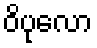
ဝိပုလော